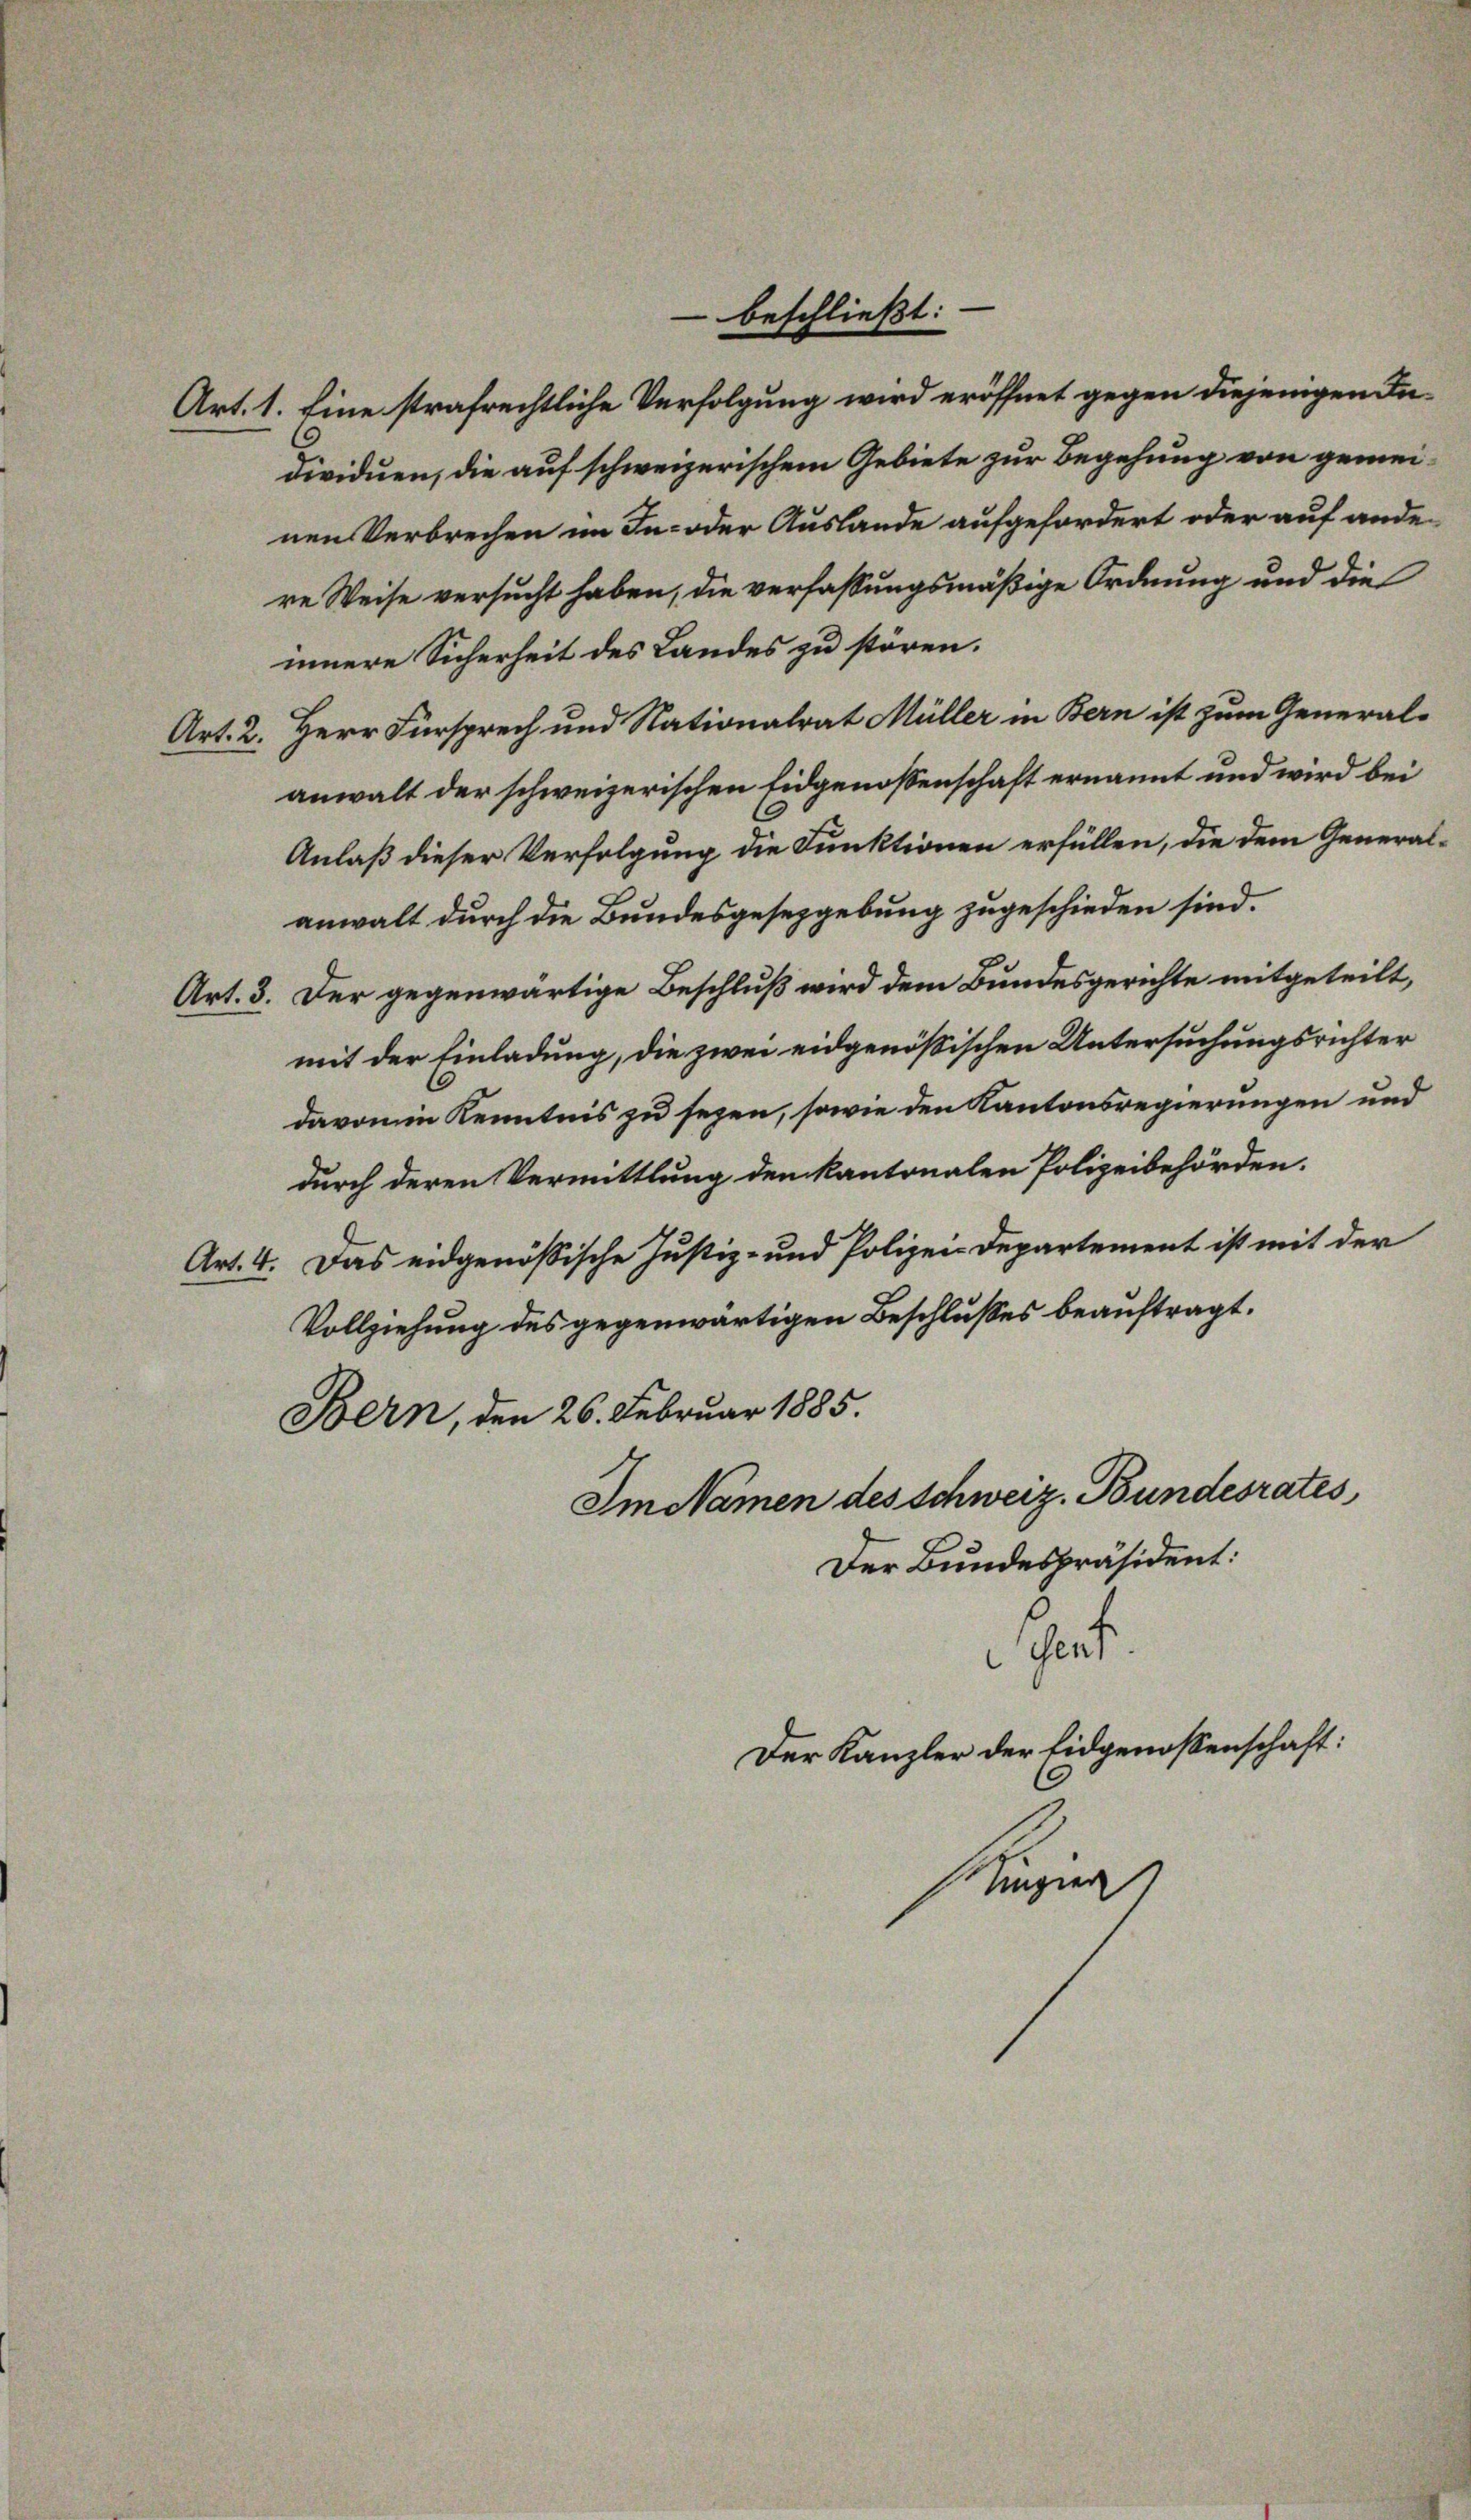
Art. 2.

beschließt:

Art. 1. Eine strafrechtliche Verfolgung wird eröffnet gegen diejenigen In-
dividuen, die auf schweizerischem Gebiete zur Begehung von gemeinen Verbrechen im In- oder Auslande aufgefordert oder auf ande-
re Weise versucht haben, die verfassungsmäßige Ordnung und die
innere Sicherheit des Landes zu stören.
Herr Fürsprech und Nationalrat Müller in Bern ist zum General-
anwalt der schweizerischen Eidgenossenschaft ernannt und wird bei
Anlaß dieser Verfolgung die Funktionen erfüllen, die dem General-
anwalt durch die Bundesgesetzgebung zugeschieden sind.
Art. 3. Der gegenwärtige Beschluß wird dem Bundesgerichte mitgeteilt,
mit der Einladung, die zwei eidgenößischen Untersuchungsrichter
davon in Kenntnis zu sezen, sowie den Kantonsregierungen und
durch deren Vermittlung den kantonalen Polizeibehörden.
Art. 4. Das eidgenössische Justiz- und Polizei-Departement ist mit der
Vollziehung des gegenwärtigen Beschlusses beauftragt.
Bern, den 26. Februar 1885.
Im Namen des Schweiz. Bundesrates,
Der Bundespräsident:
Sent
Der Kanzler der Eidgenossenschaft:
Mazin